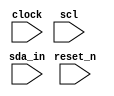
module i2c_simple(reset_n,
		clock,
		sda_in,
		scl);
input		clock;   
input		reset_n;
input		sda_in;
input		scl;
reg		start_bus_reg;
reg		stop_bus_reg;
wire sda_risingedge;
wire scl_risingedge;
wire sda_failingedge;
wire scl_fallingedge;
reg curr, last;
always@(posedge clock)
begin
	if(!reset_n) begin
		curr <= 1'b0;
		last <= 1'b0;
	end
	else begin
    curr <= scl;
    last <= curr;
	end
end
assign scl_risingedge = curr & (~last);
assign scl_fallingedge = ~curr & (last);
reg sda_curr, sda_last;
always@(posedge clock)
begin
	if(!reset_n) begin
		sda_curr <= 1'b0;
		sda_last <= 1'b0;
	end
	else begin
    sda_curr <= sda_in;
    sda_last <= sda_curr;
	end
end
assign sda_risingedge = sda_curr & (~sda_last);
assign sda_fallingedge = ~sda_curr & (sda_last);
always@(posedge clock)
begin
  start_bus_reg <= sda_fallingedge & scl;
  stop_bus_reg <= sda_risingedge & scl;
end
endmodule